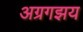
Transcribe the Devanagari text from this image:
अग्रगझय